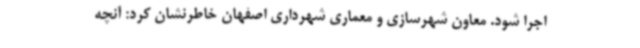
اجرا شود. معاون شهرسازی و معماری شهرداری اصفهان خاطرنشان کرد: آنچه